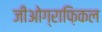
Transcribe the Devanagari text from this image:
जीओग्राफ़िकल